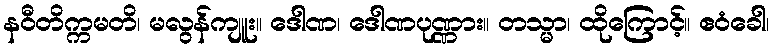
နဝီတိက္ကမတိ၊ မလွန်ကျူး။ ဒေါဏ၊ ဒေါဏပုဏ္ဏား။ တသ္မာ၊ ထိုကြောင့်။ ဧဝံခေါ၊